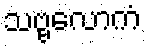
သဗ္ဗလောကံ